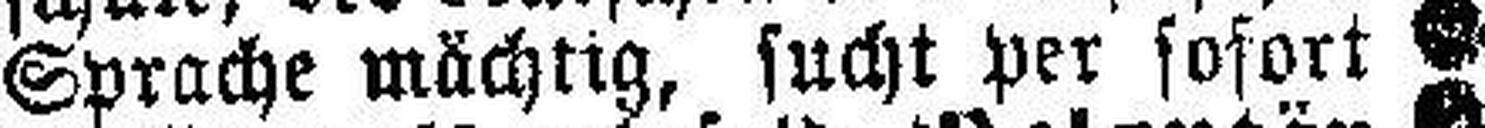
Sprache mächtig, sucht per sofort